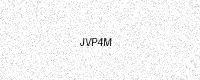
Text: JVP4M